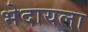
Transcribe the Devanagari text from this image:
भेदायला